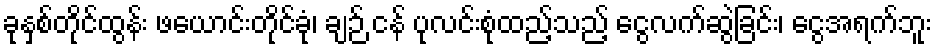
ခုနှစ်တိုင်ထွန်း ဖယောင်းတိုင်ခုံ၊ ချဉ် ငန် ပုလင်းစုံထည့်သည့် ငွေလက်ဆွဲခြင်း၊ ငွေအရက်ဘူး